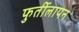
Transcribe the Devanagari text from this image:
फुर्तीलापन